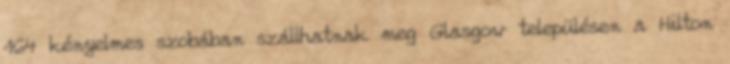
164 kényelmes szobában szállhatnak meg Glasgow településen a Hilton